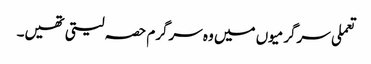
تعملی سرگرمیوں میں وہ سرگرم حصہ لیتی تھیں۔